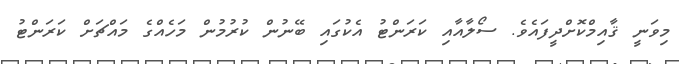
މިވަނީ ޤާއިމްކޮށްދީފައެވެ. ސޯލާއާއި ކަރަންޓު އެކުގައި ބޭނުން ކުރުމުން މަހެއްގެ މައްޗަށް ކަރަންޓު